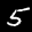
Label: 5